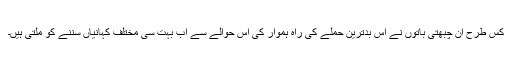
کس طرح ان چبھتی باتوں نے اس بدترین حملے کی راہ ہموار کی اس حوالے سے اب بہت سی مختلف کہانیاں سننے کو ملتی ہیں۔